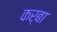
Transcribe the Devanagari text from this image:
कर्बा